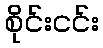
စိုင်းငင်း